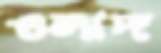
ওলাদ